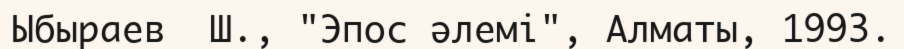
Ыбыраев  Ш., "Эпос әлемі", Алматы, 1993.